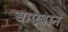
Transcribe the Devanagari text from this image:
साएबान